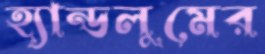
হ্যান্ডলুমের